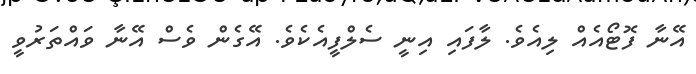
އޭނާ ފޮޓޯއެއް ލިއެވެ. ލާފައި އިނީ ސެލްފީއެކެވެ. އޭގެން ވެސް އޭނާ ވައްތަރުވީ